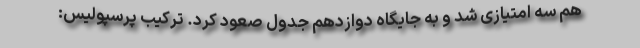
هم سه امتیازی شد و به جایگاه دوازدهم جدول صعود کرد. ترکیب پرسپولیس: